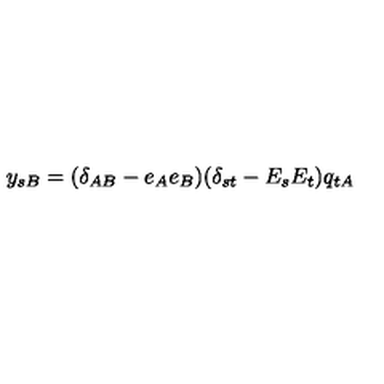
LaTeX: y _ { s B } = ( \delta _ { A B } - e _ { A } e _ { B } ) ( \delta _ { s t } - E _ { s } E _ { t } ) q _ { t A }